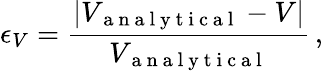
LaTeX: \epsilon_{V}=\frac{|V_{\mathrm{~a~n~a~l~y~t~i~c~a~l~}}-V|}{V_{\mathrm{~a~n~a~l~y~t~i~c~a~l~}}}\, ,